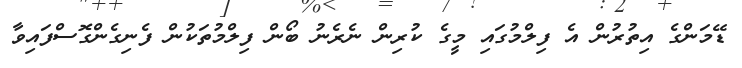
ޑޭމަންގެ އިތުރުން އެ ފިލްމުގައި މީގެ ކުރިން ނެރެނު ބޯން ފިލްމުތަކުން ފެނިގެންގޮސްފައިވާ